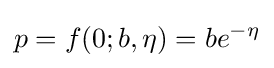
p=f(0;b,\eta )=be^{-\eta }